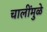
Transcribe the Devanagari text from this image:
चालींमुळे